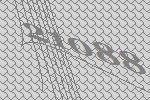
21088